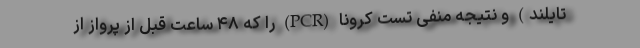
تایلند) و نتیجه منفی تست کرونا (PCR) را که ۴٨ ساعت قبل از پرواز از